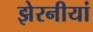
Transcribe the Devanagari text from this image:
झेरनीयां